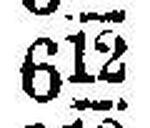
612